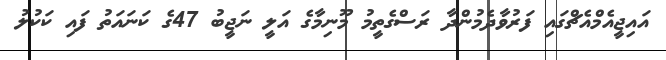
އައިޖީއެމްއެޗްގައި ފަރުވާދެމުންދާ ރަސްގެތީމު މޫނިމާގެ އަލީ ނަޖީބު 47ގެ ކަނައަތު ފައި ކަކުލު